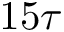
1 5 \tau